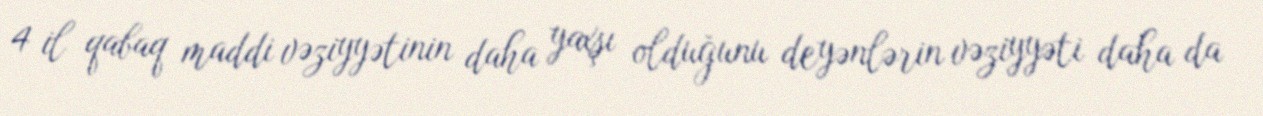
4 il qabaq maddi vəziyyətinin daha yaxşı olduğunu deyənlərin vəziyyəti daha da